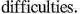
difficulties.